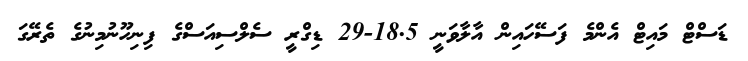
ޑަސްޓް މައިޓް އެންމެ ފަސޭހައިން އާލާވަނީ 18.5-29 ޑިގްރީ ސެލްސިއަސްގެ ފިނިހޫނުމިނުގެ ތެރޭގަ